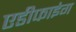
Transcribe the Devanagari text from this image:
एडीफाइंग